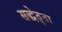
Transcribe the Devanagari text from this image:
सद्धेतुता